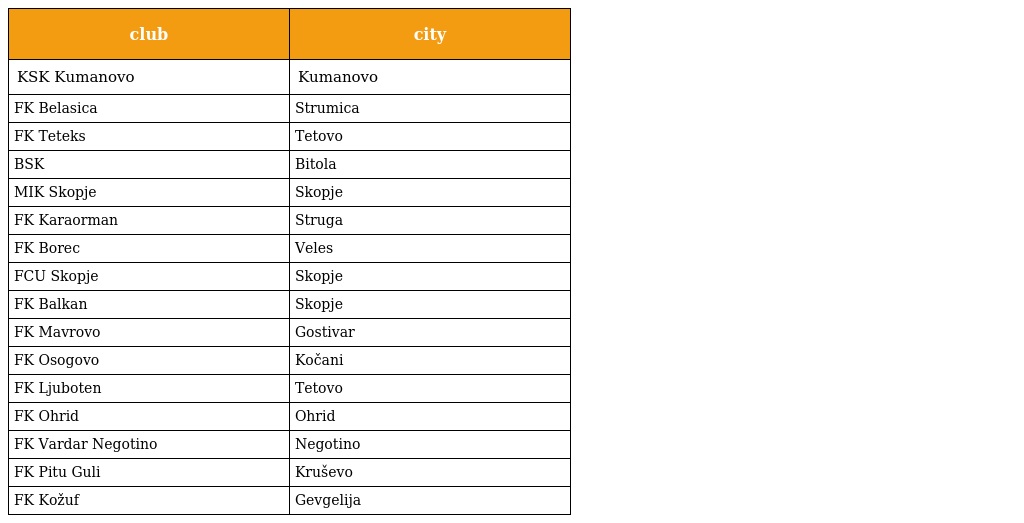
| club | city |
 | --- | --- |
 | KSK Kumanovo | Kumanovo |
 | FK Belasica | Strumica |
 | FK Teteks | Tetovo |
 | BSK | Bitola |
 | MIK Skopje | Skopje |
 | FK Karaorman | Struga |
 | FK Borec | Veles |
 | FCU Skopje | Skopje |
 | FK Balkan | Skopje |
 | FK Mavrovo | Gostivar |
 | FK Osogovo | Kočani |
 | FK Ljuboten | Tetovo |
 | FK Ohrid | Ohrid |
 | FK Vardar Negotino | Negotino |
 | FK Pitu Guli | Kruševo |
 | FK Kožuf | Gevgelija |